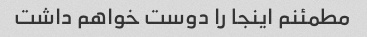
مطمئنم اینجا را دوست خواهم داشت